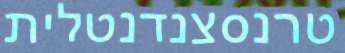
טרנסצנדנטלית